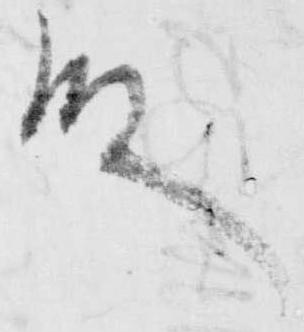
殿